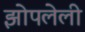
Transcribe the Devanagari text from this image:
झोपलेली